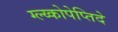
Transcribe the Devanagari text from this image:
ग्ल्य्कोपेप्तिदे